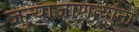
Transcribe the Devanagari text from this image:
जुन्याजाणत्यांना